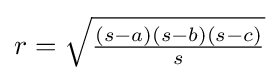
r={\sqrt {\tfrac {(s-a)(s-b)(s-c)}{s}}}